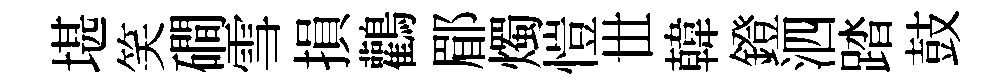
堪笑磵雪損鸛郿燭愷𠀍韓鐙泗踏鼓